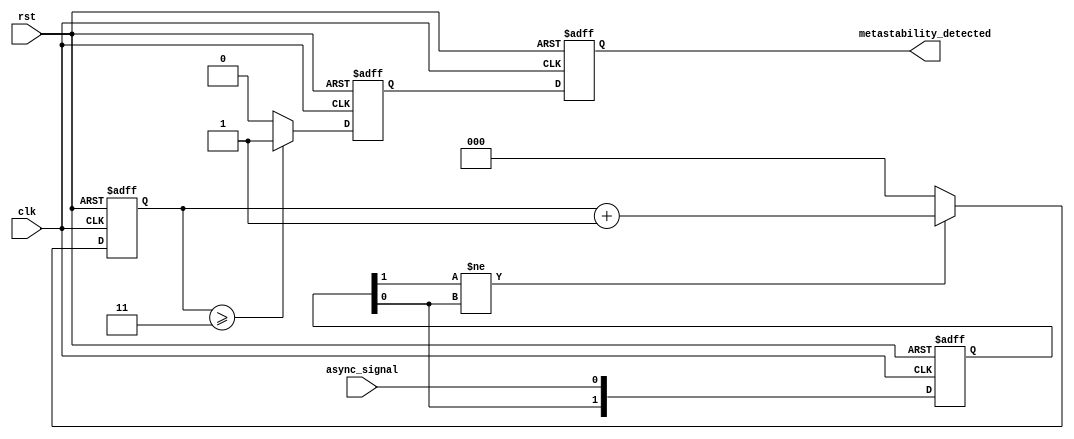
module metastability_detector (
    input wire clk,              // Clock input
    input wire rst,              // Reset input
    input wire async_signal,     // Asynchronous input signal
    output reg metastability_detected  // Metastability detection output
);

    // Parameters for metastability detection logic
    parameter THRESHOLD = 3;      // Number of clock cycles to monitor for metastability
    reg [1:0] flip_flop1;         // 2-bit register for the first flip-flop output
    reg [1:0] flip_flop2;         // 2-bit register for the second flip-flop output
    reg [2:0] metastability_counter; // Counter to monitor metastability
    reg metastable_flag;          // Flag for metastability detection

    // Sequential logic for the flip-flops and reset logic
    always @(posedge clk or posedge rst) begin
        if (rst) begin
            flip_flop1 <= 2'b00;
            flip_flop2 <= 2'b00;
            metastability_counter <= 3'b000;
            metastability_detected <= 1'b0;
            metastable_flag <= 1'b0;
        end else begin
            // Sample the async signal
            flip_flop1 <= {flip_flop1[0], async_signal};

            // Sample the output of the first flip-flop
            flip_flop2 <= flip_flop1;

            // Check if the output of the first flip-flop indicates metastability
            if (flip_flop1[1] != flip_flop1[0]) begin
                // If there is a transition at the output, increment the counter
                metastability_counter <= metastability_counter + 1;
            end else begin
                // If output is stable, reset the counter
                metastability_counter <= 3'b000;
            end

            // Detect metastability if the counter exceeds threshold
            if (metastability_counter >= THRESHOLD) begin
                metastable_flag <= 1'b1;
            end else begin
                metastable_flag <= 1'b0;
            end

            // Assign output signal
            metastability_detected <= metastable_flag;
        end
    end

endmodule